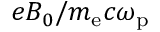
e B _ { 0 } / m _ { \mathrm { e } } c \omega _ { \mathrm { p } }